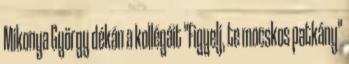
Mikonya György dékán a kollégáit "Figyelj, te mocskos patkány"